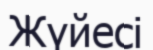
Жүйесі